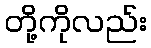
တို့ကိုလည်း